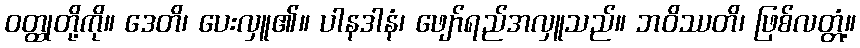
ဝတ္ထုတို့ကို။ ဒေတိ၊ ပေးလှူ၏။ ပါနဒါနံ၊ ဖျော်ရည်အလှူသည်။ ဘဝိဿတိ၊ ဖြစ်လတ္တံ့။